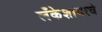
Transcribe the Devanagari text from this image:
लँकेशायरचे